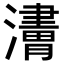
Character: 𤁿